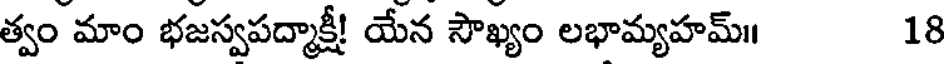
త్వం మాం భజస్వపద్మాక్షీ! యేన సౌఖ్యం లభామ్యహమ్॥ 18